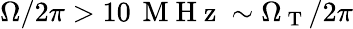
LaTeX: \Omega/2\pi>10\, \mathrm{~M~H~z~}\sim\Omega_{\mathrm{~T~}}/2\pi